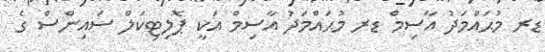
ޑރ މުޙައްމަދު އާސިމް ޑރ މުޙައްމަދު އާސިމް އަކީ ޕޮލިޓިކަލް ސައިންސް ގެ